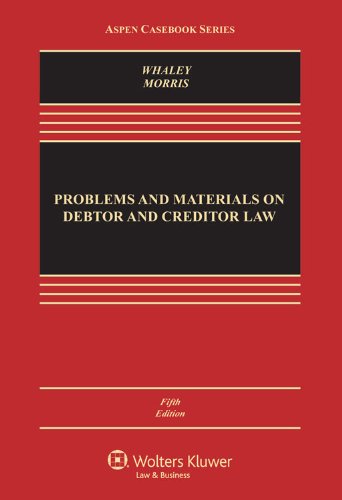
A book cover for Problems and Materials on Debtor and Creditor Law, Fifth Edition (Aspen Casebook); Douglas J. Whaley; Law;